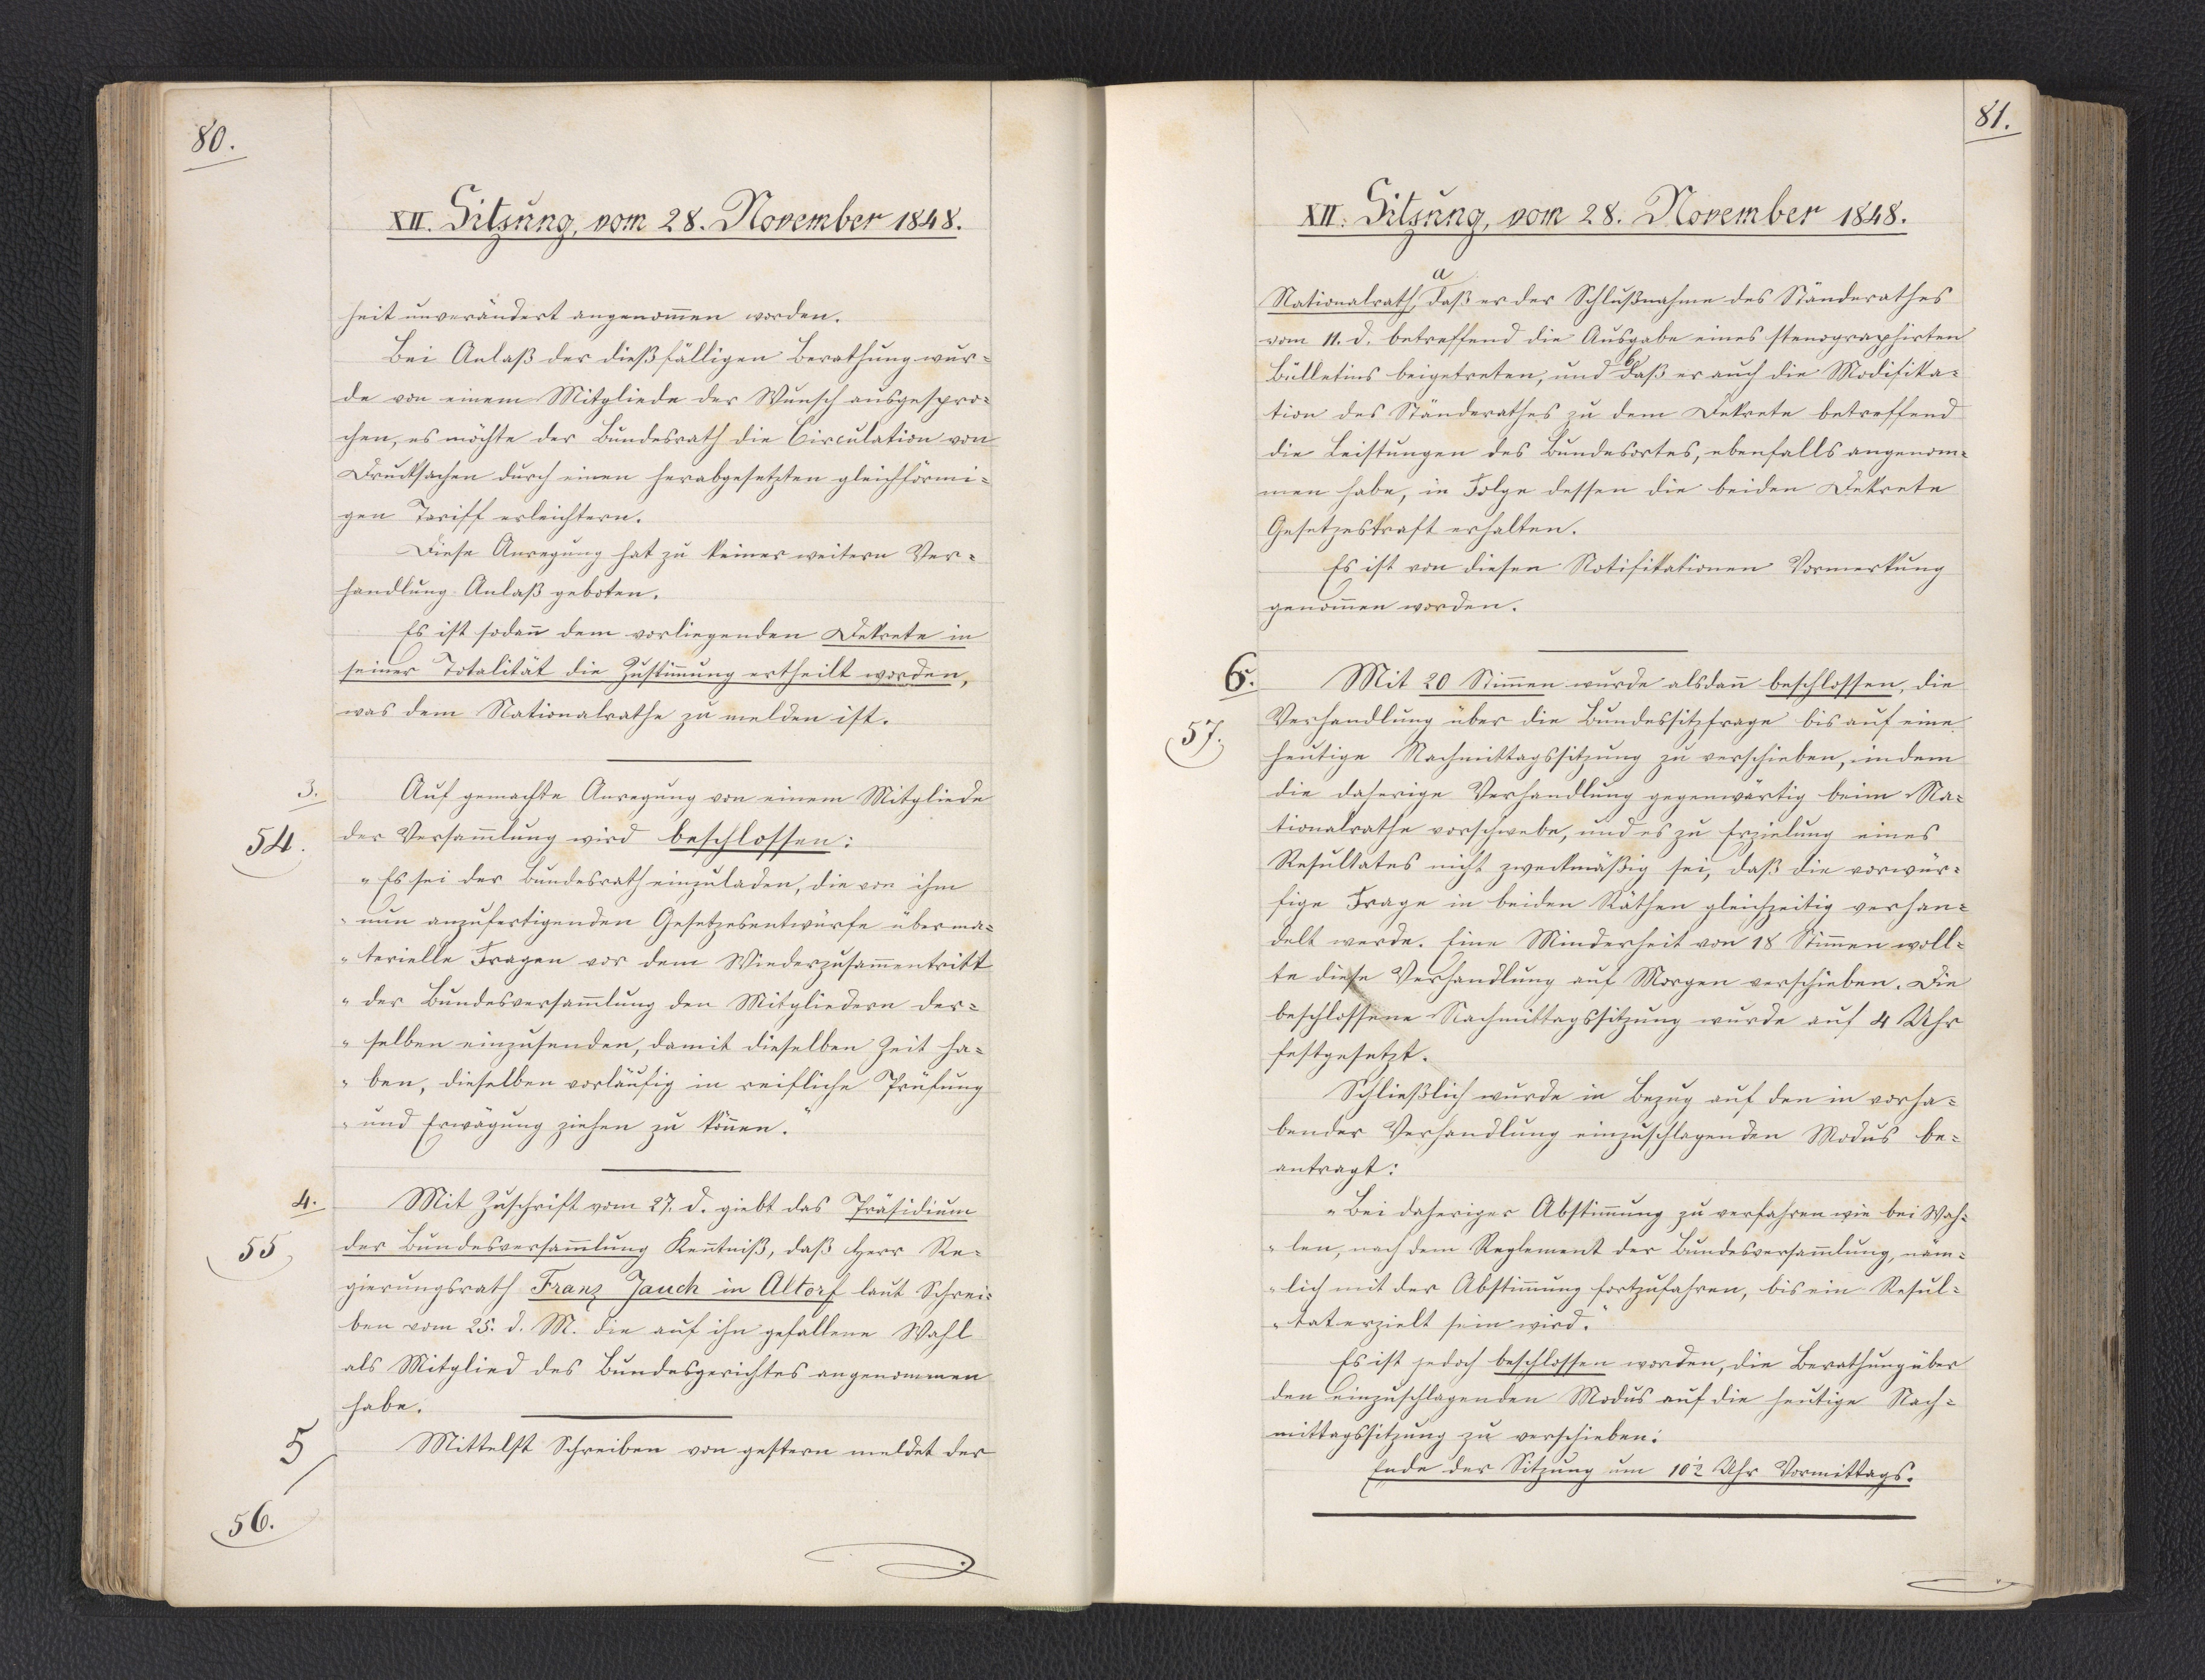
80.

XII. Sitzung, vom 28. November 1848.

heit unverändert angenommen worden.
Bei Anlaß der dießfälligen Berathung wur¬
de von einem Mitgliede der Wunsch ausgespro¬
chen, es möchte der Bundesrath die Circulation von
Drucksachen durch einen herabgesetzten gleichförmi¬
gen Tariff erleichtern.
Diese Anregung hat zu keiner weitern Ver¬
handlung Anlaß geboten.
Es ist sodann dem vorliegenden Dekrete in
seiner Totalität die Zustimmung ertheilt worden,
was dem Nationalrathe zu melden ist.
Auf gemachte Anregung von einem Mitgliede
der Versammlung wird beschlossen:
"Es sei der Bundesrath einzuladen, die von ihm
nun anzufertigenden Gesetzesentwürfe über ma¬
terielle Fragen vor dem Wiederzusammentritt
der Bundesversammlung den Mitgliedern der¬
selben einzusenden, damit dieselben Zeit ha¬
ben, dieselben vorläufig in reifliche Prüfung
und Erwägung ziehen zu können."
Mit Zuschrift vom 27. d. giebt das Präsidium
der Bundesversammlung Kenntniß, daß Herr Re¬
gierungsrath Franz Jauch in Altorf laut Schrei¬
ben vom 25. d. M. die auf ihn gefallene Wahl
als Mitglied des Bundesgerichtes angenommen
habe.
Mittelst Schreiben von gestern meldet der

3.
54.

4.
55.

5.
56.

81.

XII. Sitzung, vom 28. November 1848.

Nationalrath, * daß er der Schlußnahme des Ständerathes
* a
vom 11. d. betreffend die Ausgabe eines stenographirten
Bülletins beigetreten, und * daß er auch die Modifika¬
* b
tion des Ständerathes zu dem Dekrete betreffend
die Leistungen des Bundesortes, ebenfalls angenom¬
men habe, in Folge dessen die beiden Dekrete
Gesetzeskraft erhalten.
Es ist von diesen Notifikationen Vormerkung
genommen worden.
Mit 20 Stimmen wurde alsdann beschlossen, die
Verhandlung über die Bundessitzfrage bis auf eine
heutige Nachmittagssitzung zu verschieben, indem
die daherige Verhandlung gegenwärtig beim Na¬
tionalrathe vorschwebe, und es zu Erzielung eines
Resultates nicht zweckmäßig sei, daß die vorwür¬
fige Frage in beiden Räthen gleichzeitig verhan¬
delt werde. Eine Minderheit von 18 Stimmen woll¬
te diese Verhandlung auf Morgen verschieben. Die
beschlossene Nachmittagssitzung wurde auf 4 Uhr
festgesetzt.
Schließlich wurde in Bezug auf den in vorha¬
bender Verhandlung einzuschlagenden Modus be¬
antragt:
"Bei daheriger Abstimmung zu verfahren wie bei Wah¬
len, nach dem Reglement der Bundesversammlung, näm¬
lich mit der Abstimmung fortzufahren, bis ein Resul¬
tat erzielt sein wird."
Es ist jedoch beschlossen worden, die Berathung über
den einzuschlagenden Modus auf die heutige Nach¬
mittagssitzung zu verschieben.
Ende der Sitzung um 10 1/2 Uhr Vormittags.

6.
57.